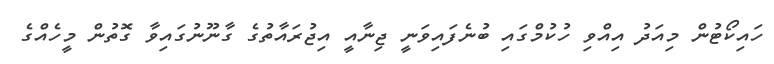
ހައިކޯޓުން މިއަދު އިއްވި ހުކުމްގައި ބުނެފައިވަނީ ޖިނާއީ އިޖުރައާތުގެ ގާނޫނުގައިވާ ގޮތުން މީހެއްގެ